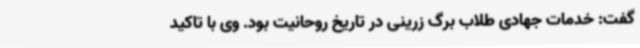
گفت: خدمات جهادی طلاب برگ زرینی در تاریخ روحانیت بود. وی با تاکید